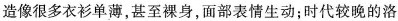
造像很多衣衫单薄，甚至裸身，面部表情生动；时代较晚的洛